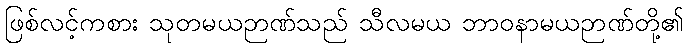
ဖြစ်လင့်ကစား သုတမယဉာဏ်သည် သီလမယ ဘာဝနာမယဉာဏ်တို့၏